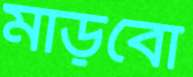
মাড়বো